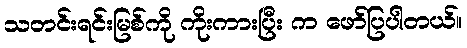
သတင်းရင်းမြစ်ကို ကိုးကားပြီး က ဖော်ပြပါတယ်။